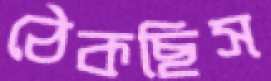
ঠেকছিস